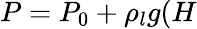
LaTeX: P=P_{0}+\rho_{l}g(H